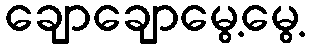
ချောချောမွေ့မွေ့